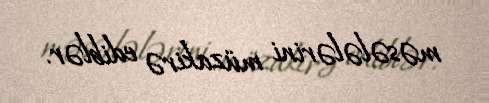
məsələlərini müzakirə ediblər.